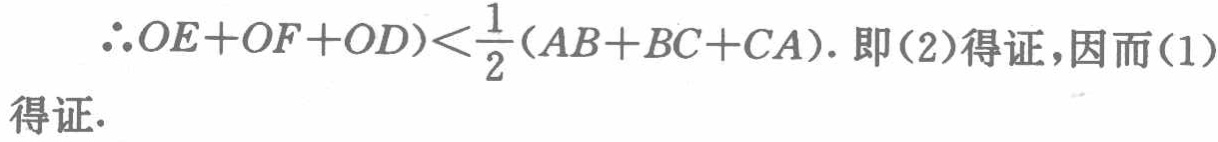
\(\therefore OE + OF + OD)<\frac{1}{2}(AB + BC + CA).\) 即(2)得证,因而(1)得证.